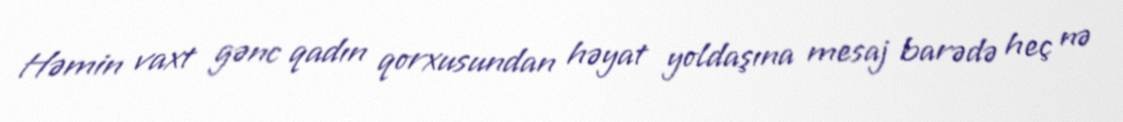
Həmin vaxt gənc qadın qorxusundan həyat yoldaşına mesaj barədə heç nə